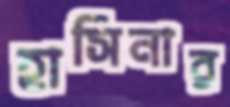
হাসিনার